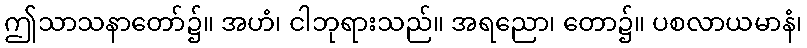
ဤသာသနာတော်၌။ အဟံ၊ ငါဘုရားသည်။ အရညော၊ တော၌။ ပစလာယမာနံ၊